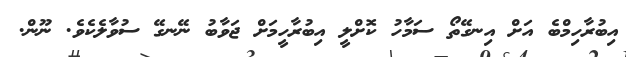
އިބުރާހިމްބެ އަށް އިނގޭތޯ ސަމާހު ކޮށްލީ އިބުރާހީމަށް ޖަވާބު ނޭނގޭ ސުވާލެކެވެ. ނޫން.